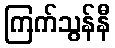
ကြက်သွန်နီ